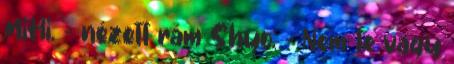
MiHi. - nézett rám Shyo. - Nem te vagy